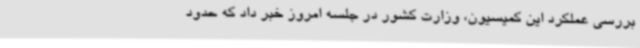
بررسی عملکرد این کمیسیون، وزارت کشور در جلسه امروز خبر داد که حدود